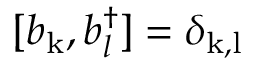
[ b _ { \mathrm { k } } , b _ { l } ^ { \dagger } ] = \delta _ { \mathrm { k , l } }